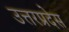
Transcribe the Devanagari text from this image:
उत्तरप्रदेस